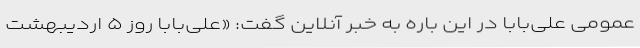
عمومی علی‌بابا در این باره به خبر آنلاین گفت: «علی‌بابا روز ۵ اردیبهشت